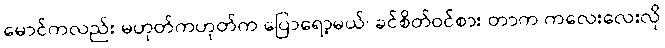
မောင်ကလည်း မဟုတ်ကဟုတ်က ပြောရော့မယ်၊ ခင်စိတ်ဝင်စား တာက ကလေးလေးလို